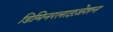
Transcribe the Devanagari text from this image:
डिमिनरलाइज़ेशन